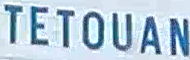
TETOUAN